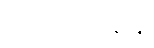
လိုက်ဖက်ရန်